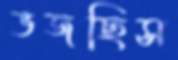
ভজছিস